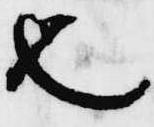
也